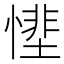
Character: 𢟵